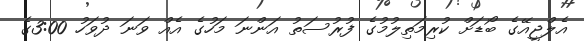
އެލްޖީއޭގެ ބޯޑަށް ކުރިމަތިލުމުގެ ފުރުސަތު އަންނަ މަހުގެ އެއް ވަނަ ދުވަހު 3:00ގެ